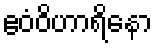
ဧဝံဝိဟာရိနော